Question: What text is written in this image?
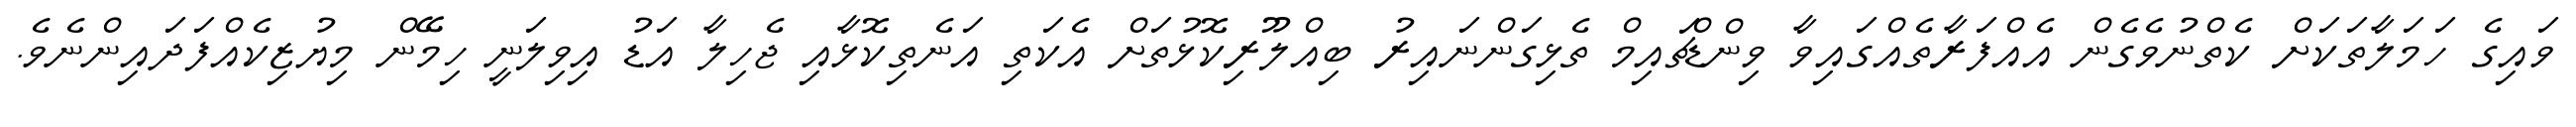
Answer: ވައިގެ ހަމަލާތަކަށް ކެތްނުވެގެން އެއްފަރާތެއްގައިވާ ވިންޑްޗައިމް ތެޅިގަންނައިރު ބިއްލޫރިކޮޅުތަށް އެކަތި އަނެތިކޮޅާއި ޖެހިލާ އަޑު އިވިލަނީ ހިމޭން މިޔުޒިކެއްފަދައިންނެވެ.